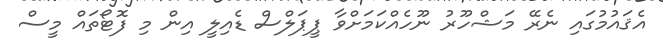
އެޤައުމުގައި ނެރޭ މަޝްހޫރު ނޫހެއްކަމަށްވާ ޕީޕަލްސް ޑެއިލީ އިން މި ފޮޓޯތައް މީސް